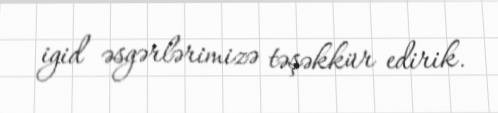
igid əsgərlərimizə təşəkkür edirik.